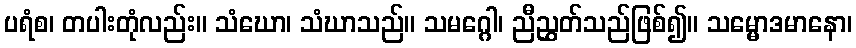
ပရံစ၊ တပါးတုံလည်း။ သံဃော၊ သံဃာသည်။ သမဂ္ဂေါ၊ ညီညွှတ်သည်ဖြစ်၍။ သမ္မောဒမာနော၊